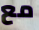
مع